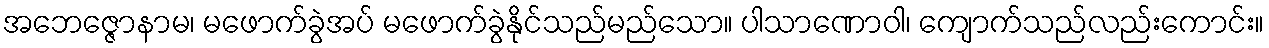
အဘေဇ္ဇောနာမ၊ မဖောက်ခွဲအပ် မဖောက်ခွဲနိုင်သည်မည်သော။ ပါသာဏောဝါ၊ ကျောက်သည်လည်းကောင်း။